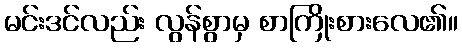
မင်းဒင်လည်း လွန်စွာမှ စာကြိုးစားလေ၏။